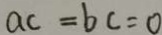
a c = b c = 0